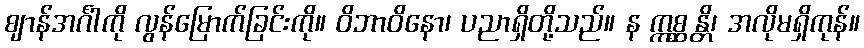
ဈာန်အင်္ဂါကို လွန်မြောက်ခြင်းကို။ ဝိဘာဝိနော၊ ပညာရှိတို့သည်။ န ဣစ္ဆန္တိ၊ အလိုမရှိကုန်။